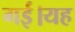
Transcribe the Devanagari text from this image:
गई।यह